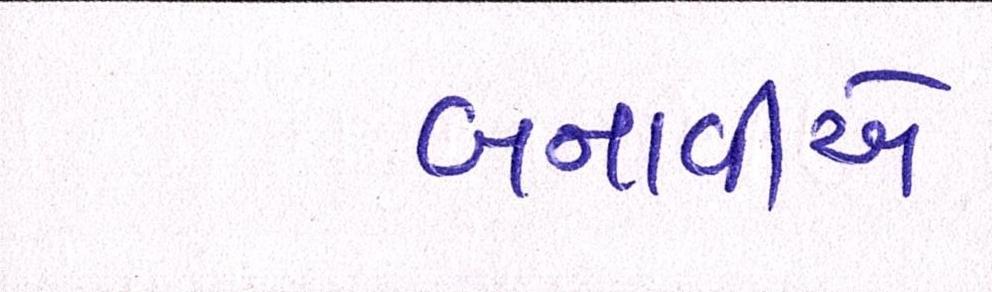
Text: બનાવીએ